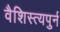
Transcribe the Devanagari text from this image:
वैशिस्त्यपुर्न